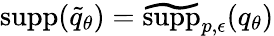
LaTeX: {\mathrm{supp}}(\widetilde{q}_{\theta})=\widetilde{\mathrm{supp}}_{p,\epsilon}(q_{\theta})